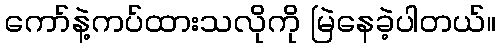
ကော်နဲ့ကပ်ထားသလိုကို မြဲနေခဲ့ပါတယ်။